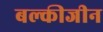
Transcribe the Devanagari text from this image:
बल्कीजीन